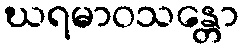
ဃရမာဝသန္တော